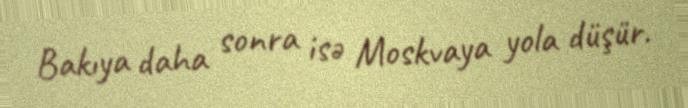
Bakıya daha sonra isə Moskvaya yola düşür.